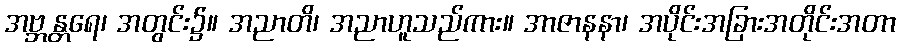
အဗ္ဘန္တရေ၊ အတွင်း၌။ အညာတိ၊ အညာဟူသည်ကား။ အာဇာနနာ၊ အပိုင်းအခြားအတိုင်းအတာ